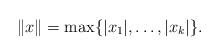
LaTeX: \begin{align*} \|x\| = \max \{ |x_1|, \ldots, |x_k|\}.\end{align*}